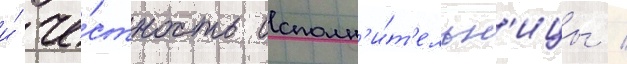
и́ че́стность исполн'и́т'ельн'ицы /